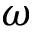
\omega